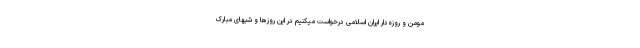
مومن و روزه‌دار ایران اسلامی درخواست میکنیم در این روزها و شبهای مبارک